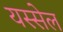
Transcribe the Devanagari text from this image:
यस्सेल